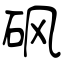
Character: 砜